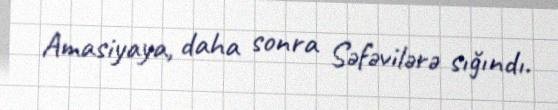
Amasiyaya, daha sonra Səfəvilərə sığındı.